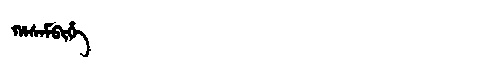
Manchu: ᡥᠠᠰᠠᠮᠪᡳᡥᡝ
Romanization: HASAMBIHE